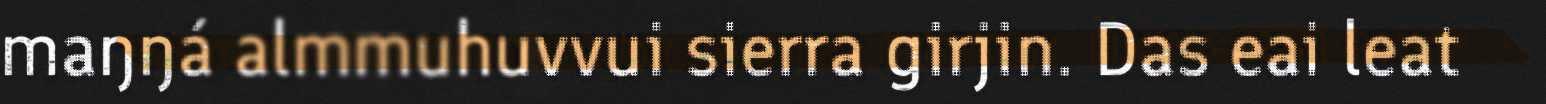
maŋŋá almmuhuvvui sierra girjin. Das eai leat